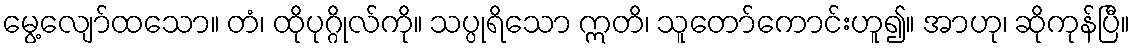
မွေ့လျော်ထသော။ တံ၊ ထိုပုဂ္ဂိုလ်ကို။ သပ္ပုရိသော ဣတိ၊ သူတော်ကောင်းဟူ၍။ အာဟု၊ ဆိုကုန်ပြီ။